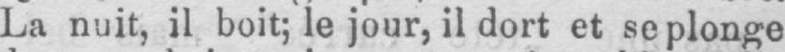
La nuit, il boit; le jour, il dort et se plonge